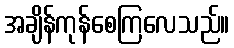
အချိန်ကုန်စေကြလေသည်။